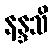
နန္ဒသိ